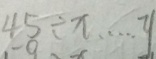
4 5 \div x \cdots y